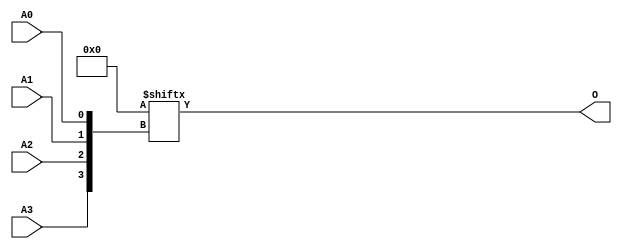
// $Header: /devl/xcs/repo/env/Databases/CAEInterfaces/verunilibs/data/unisims/ROM16X1.v,v 1.9 2007/05/23 21:43:44 patrickp Exp $
///////////////////////////////////////////////////////////////////////////////
// Copyright (c) 1995/2004 Xilinx, Inc.
// All Right Reserved.
///////////////////////////////////////////////////////////////////////////////
//   ____  ____
//  /   /\/   /
// /___/  \  /    Vendor : Xilinx
// \   \   \/     Version : 10.1
//  \   \         Description : Xilinx Functional Simulation Library Component
//  /   /                  16-Deep by 1-Wide ROM
// /___/   /\     Filename : ROM16X1.v
// \   \  /  \    Timestamp : Thu Mar 25 16:43:39 PST 2004
//  \___\/\___\
//
// Revision:
//    03/23/04 - Initial version.
//    02/04/05 - Rev 0.0.1 Remove input/output bufs; Remove for-loop in initial block;
//    05/23/07 - Changed timescale to 1 ps / 1 ps.

`timescale  1 ps / 1 ps


module ROM16X1 (O, A0, A1, A2, A3);

    parameter INIT = 16'h0000;

    output O;

    input  A0, A1, A2, A3;

    reg [15:0] mem;

    initial 
            mem = INIT;

    assign O = mem[{A3, A2, A1, A0}];


endmodule